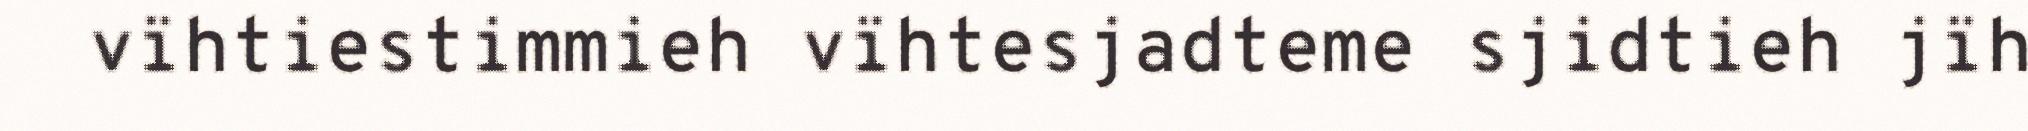
vïhtiestimmieh vïhtesjadteme sjidtieh jïh